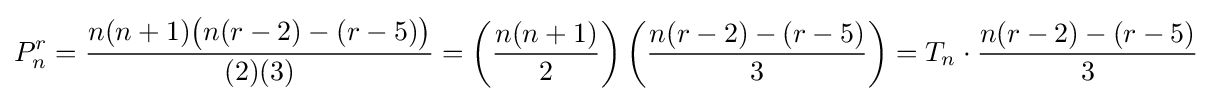
P_{n}^{r}={\frac {n(n+1){\bigl (}n(r-2)-(r-5){\bigr )}}{(2)(3)}}=\left({\frac {n(n+1)}{2}}\right)\left({\frac {n(r-2)-(r-5)}{3}}\right)=T_{n}\cdot {\frac {n(r-2)-(r-5)}{3}}